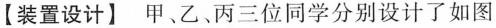
【装置设计】甲、乙、丙三位同学分别设计了如图